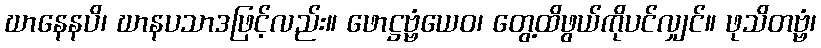
ဃာနေနပိ၊ ဃာနပသာဒဖြင့်လည်း။ ဖောဋ္ဌဗ္ဗံယေဝ၊ တွေ့ထိဖွယ်ကိုပင်လျှင်။ ဖုသိတဗ္ဗံ၊